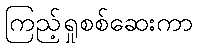
ကြည့်ရှုစစ်ဆေးကာ